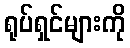
ရုပ်ရှင်များကို